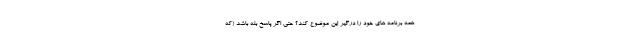
همه برنامه های خود را درگیر این موضوع کند؟ حتی اگر پاسخ بله باشد (که